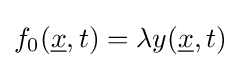
f_{0}({\underline {x}},t)=\lambda y({\underline {x}},t)